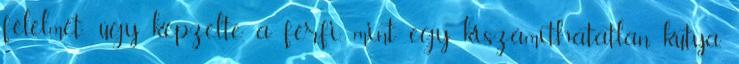
félelmét; úgy képzelte, a férfi, mint egy kiszámíthatatlan kutya,